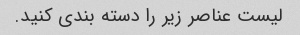
لیست عناصر زیر را دسته بندی کنید.